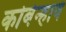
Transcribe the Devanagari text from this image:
कोबेन्हावं